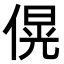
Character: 𪝚